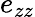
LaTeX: e_{zz}